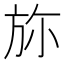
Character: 𣃥